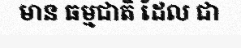
មាន ធម្មជាតិ ដែល ជា